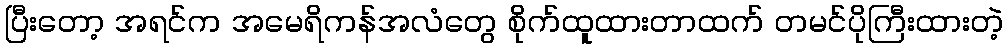
ပြီးတော့ အရင်က အမေရိကန်အလံတွေ စိုက်ထူထားတာထက် တမင်ပိုကြီးထားတဲ့